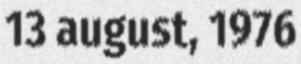
13 august, 1976